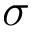
\sigma